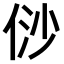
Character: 𠈱